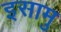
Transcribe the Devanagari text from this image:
इसामु